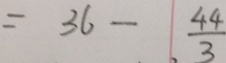
= 3 6 - \frac { 4 4 } { 3 }